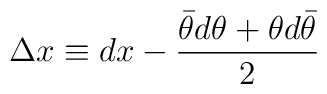
\Delta x \equiv dx -\frac{\bar\theta d \theta+ \theta d \bar\theta }{2}